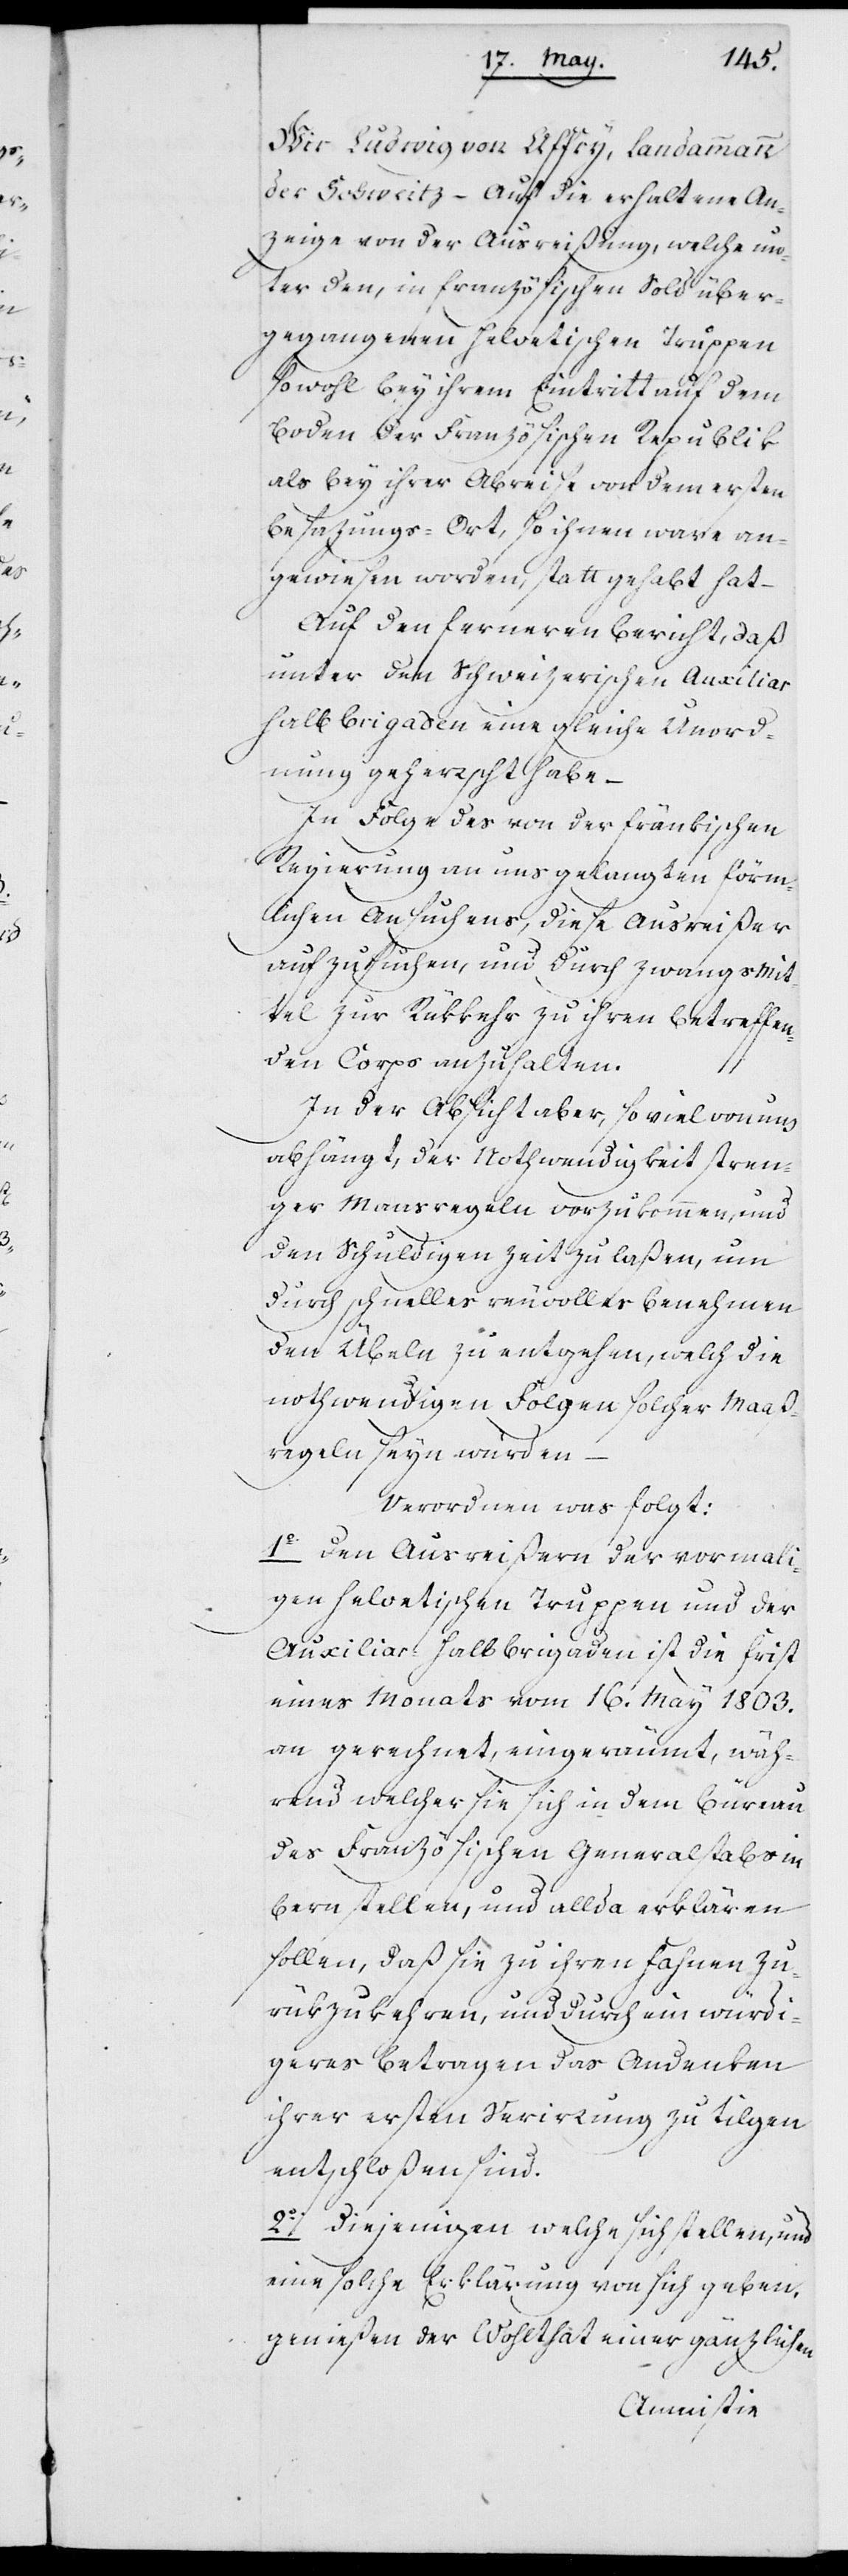
Ludwig von Affry, Landammann
der Schweitz – auf die erhaltene An¬
zeige von der Ausreißung, welche un¬
ter den, in französischen Sold über¬
gegangenen helvetischen Truppen
sowohl bey ihrem Eintritt auf dem
Boden der Französischen Republik
als bey ihrer Abreise von dem ersten
Besazungsort, so ihnen ware an¬
gewiesen worden, statt gehabt hat –
Auf den ferneren Bericht, daß
unter den schweizerischen Auxiliar
Halbbrigaden eine gleiche Unord¬
nung geherrscht habe –
In Folge des von der fränkischen
Regierung an uns gelangten förm¬
lichen Ansuchens, diese Ausreißer
aufzusuchen, und durch Zwangs Mit¬
tel zur Rükkehr zu ihren betreffen¬
den Corps anzuhalten.
In der Absicht aber, so viel von uns
abhängt, der Nothwendigkeit stren¬
ger Maasregeln vorzukommen, und
den Schuldigen Zeit zu laßen, um
durch schnelles reuvolles Benehmen
den Übeln zu entgehen, welch die
nothwendigen Folgen solcher Maß¬
regeln seyn werden
Verordnen was folgt:
1o Den Ausreißern der vormali¬
gen helvetischen Truppen und der
Auxiliar-Halbbrigaden ist die Frist
eines Monats, vom 16. May 1803.
an gerechnet, eingeräumt, wäh¬
rend welcher sie sich in dem Bureau
des Französischen Generalstabs in
Bern stellen, und allda erklären
sollen, daß sie zu ihren Fahnen zu¬
rükzukehren, und durch ein würdi¬
geres Betragen das Andenken
ihrer ersten Verirrung zu tilgen
entschloßen sind.
2o Diejenigen welche sich stellen, und
eine solche Erklärung von sich geben,
genießen der Wohlthat einer gänzlichen